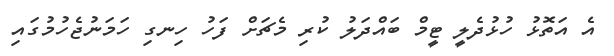
އެ އަތޮޅު ހުޅުދެލީ ޓީމް ބައްދަލު ކުރި މެޗަށް ފަހު ހިނގި ހަމަނުޖެހުމުގައި